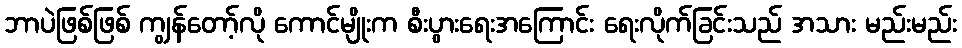
ဘာပဲဖြစ်ဖြစ် ကျွန်တော့်လို ကောင်မျိုးက စီးပွားရေးအကြောင်း ရေးလိုက်ခြင်းသည် အသား မည်းမည်း